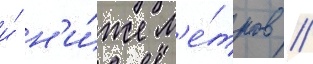
и́ н'и́же м'е́тров //